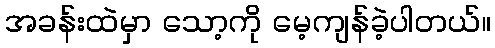
အခန်းထဲမှာ သော့ကို မေ့ကျန်ခဲ့ပါတယ်။